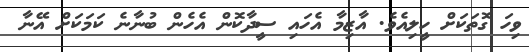
ވިހަ ގޮތަކަށް ހީލިއެވެ. އާޒިމާ އެހައި ސީދާކޮން އެހެން ބުނާނެ ކަމަކަށް އޭނާ